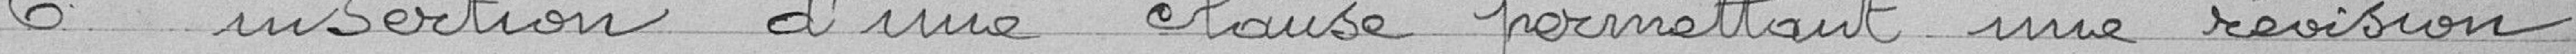
6° insertion d'une clause permettant une révision